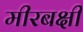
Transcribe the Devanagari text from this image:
मीरबक्षी